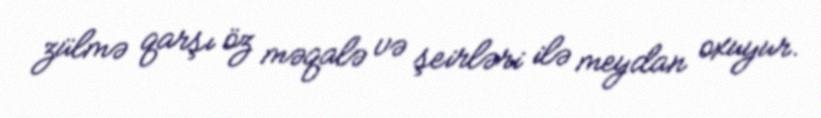
zülmə qarşı öz məqalə və şeirləri ilə meydan oxuyur.